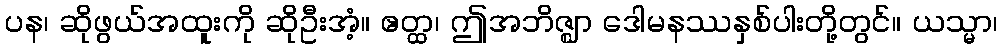
ပန၊ ဆိုဖွယ်အထူးကို ဆိုဦးအံ့။ ဧတ္ထ၊ ဤအဘိဇ္ဈာ ဒေါမနဿနှစ်ပါးတို့တွင်။ ယသ္မာ၊